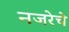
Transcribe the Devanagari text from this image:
नजरेचे